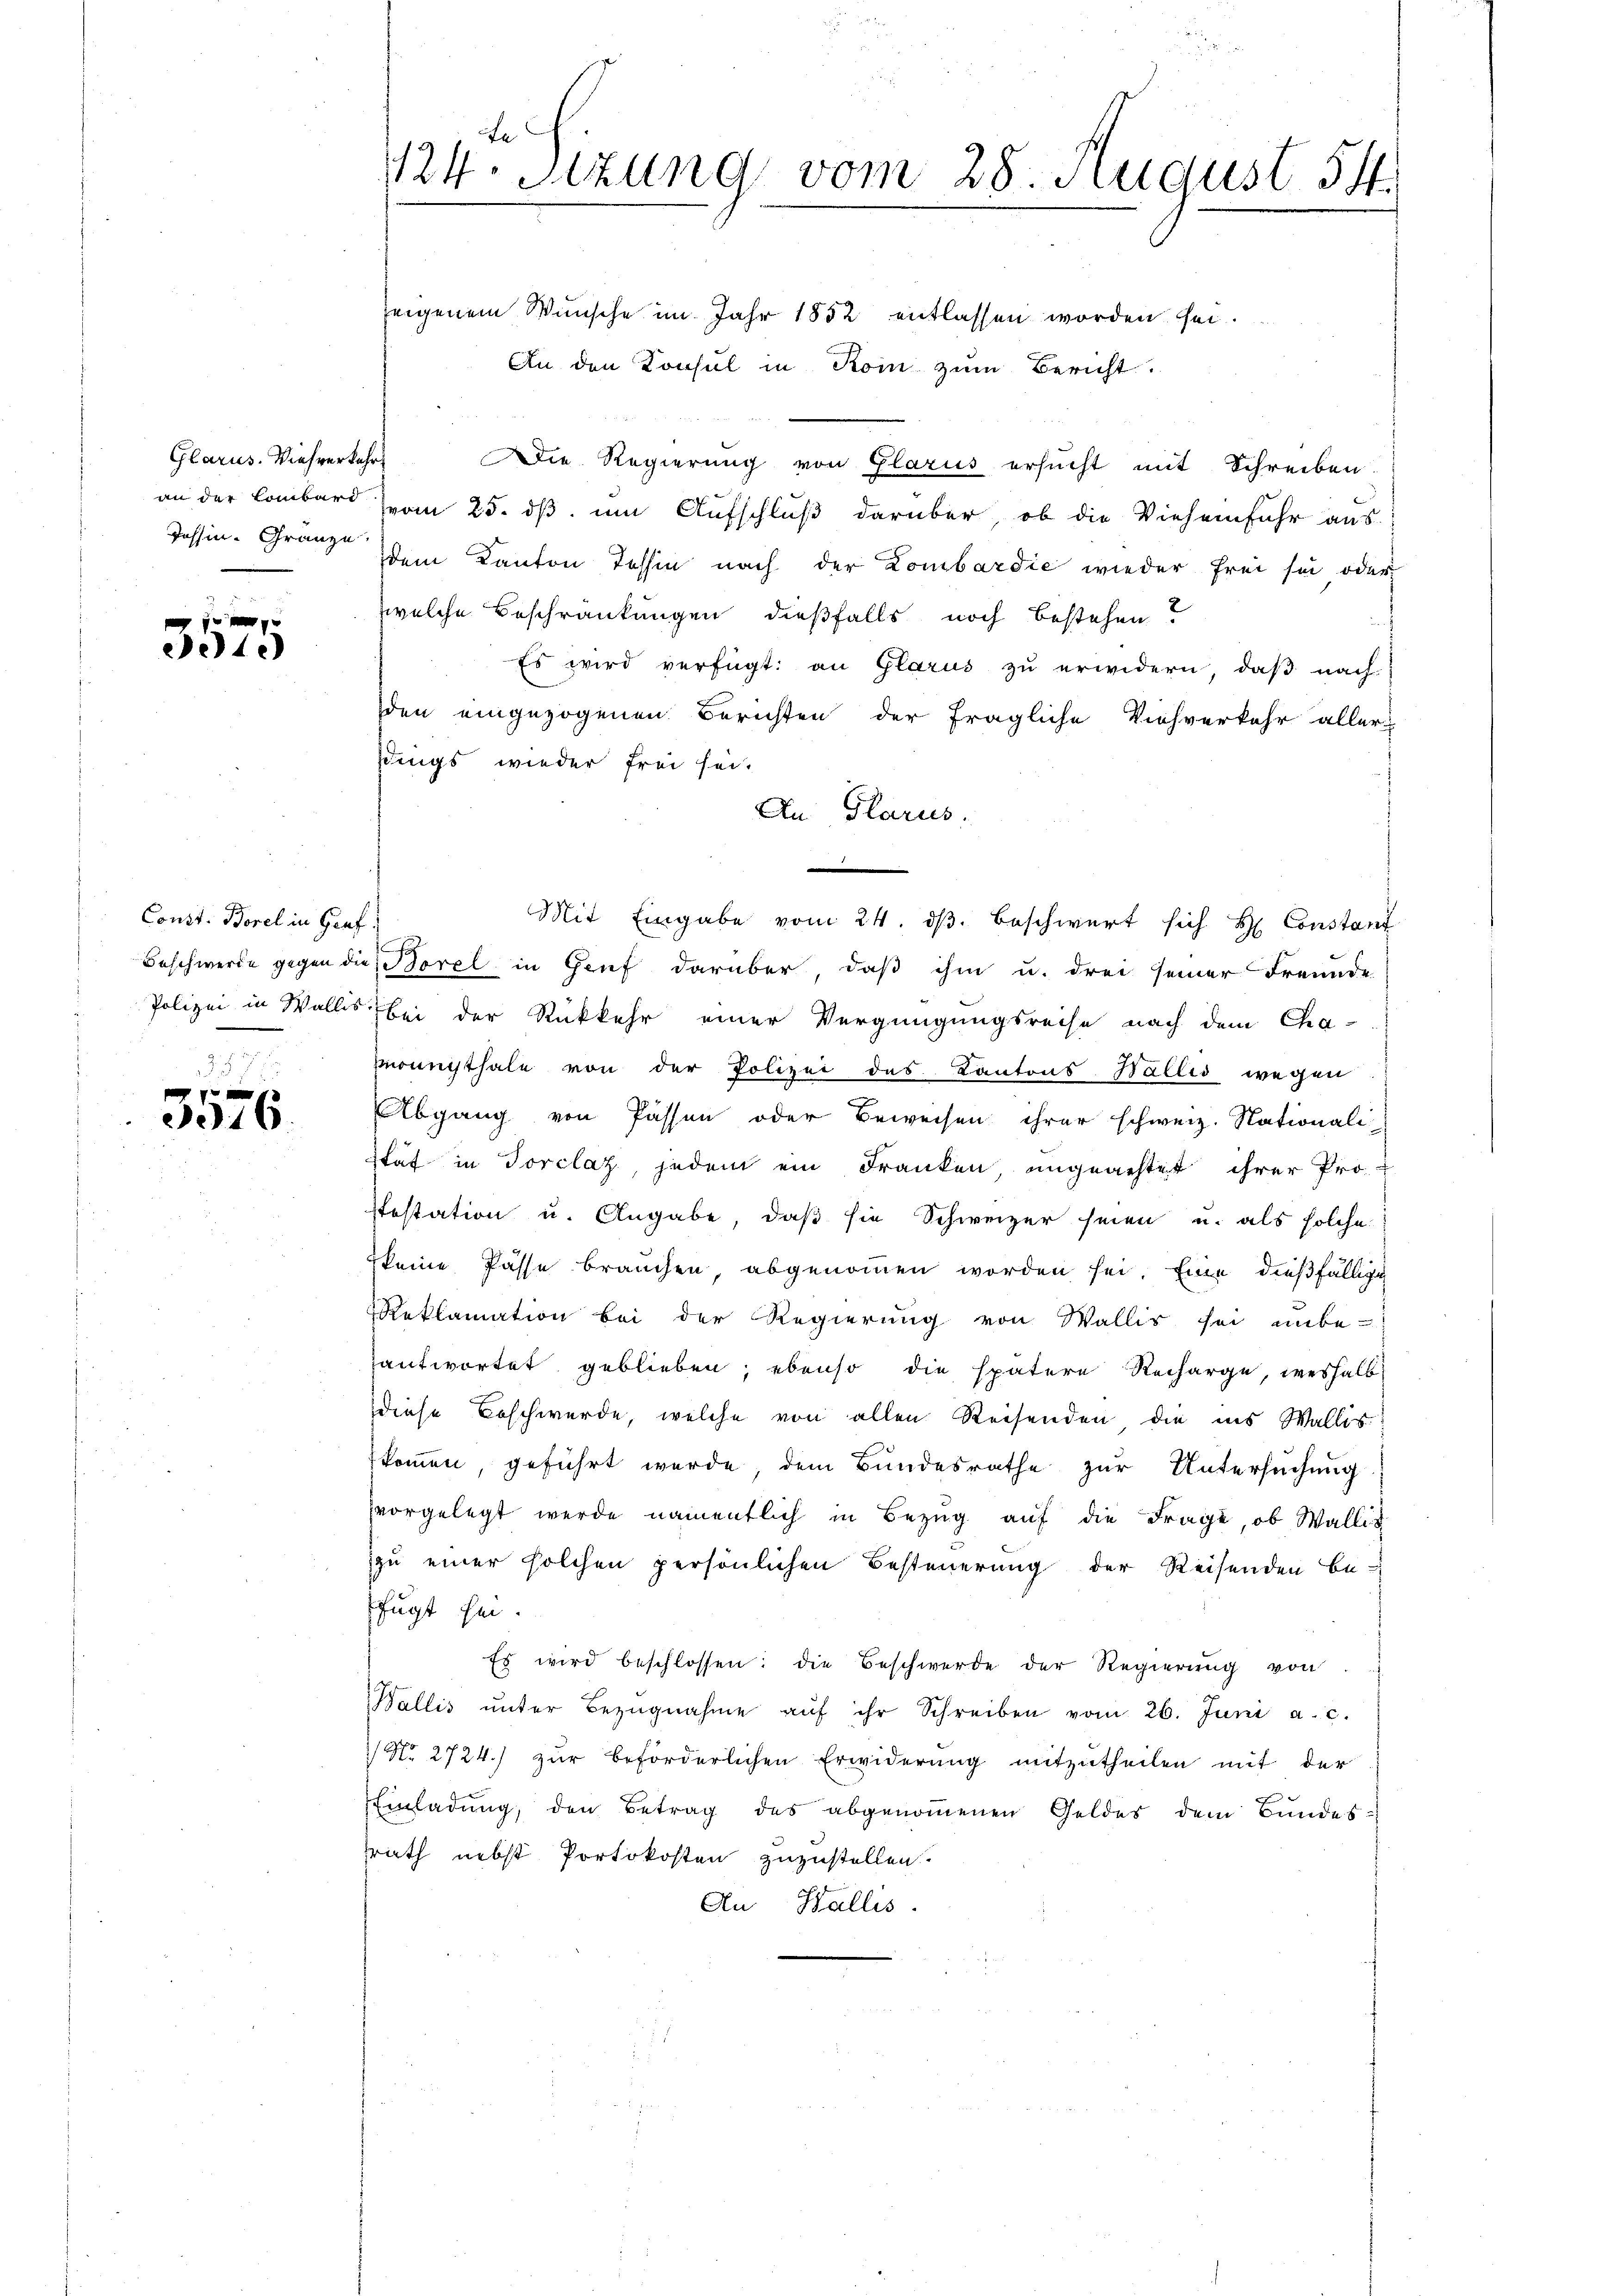
Glarus. Viehverkehr
Tessin-Granze

1.)

Const. Borel in Graf.

16.

te
124. Sitzung vom 28. August 54.
zeigenem Wünsche im Jahr 1852 entlassen worden sei.

An den Konsul in Koin zum Bericht.
Die Regierung von Glarus ersucht mit Schreiben
an der Lombard vom 25. dß um Aufschluß darüber, ob die Vieheinfuhr aus
dem Kanton Tessin nach der Lombardie wieder frei sei oder
welche Beschränkungen dießfalls noch bestehen?
Es wird verfügt: an Glarus zu erwidern, daß nach
den eingezogenen Berichten der fragliche Viehverkehr aller
sdings wieder frei sei.
An Glarus,
Mit Eingabe vom 24. dβ beschwert sich  Constant
Beschwerde gegen die Sorel in Genf darüber, daß ihm u. drei seiner Freunde
Polizei in Wallis bei der Rückkehr einer Vergnügungsreise nach dem Cha-
onugthale von der Polizei des Kantons Wallis wegen
Abgang von Passen oder Beweisen ihrer schweiz. Nationali
stät in Forclaz, jedem ein Franken ungeachtet ihrer Pro-
stestation u. Angabe, daß sie Schweizer seien u. als solche
keine Pässe brauchen, abgenommen worden sei. Eine dießfällige
Reklamation bei der Regierung von Wallis sei unbe-
antwortet geblieben; ebenso die spätere Recharge, weshalb
diese Beschwerde, welche von allen Reisenden, die ins Wallis
kommen, geführt werde, dem Bundesrathe zur Untersŭchŭng
vorgelegt werde namentlich in Bezug auf die Frage, ob Wallis
zu einer solchen persönlichen Besteuerung der Reisenden be-
fugt sei.
Es wird beschlossen: die Beschwerde der Regierŭng von
Wallis ŭnter Bezŭgnahme aŭf ihr Schreiben vom 26. Juni a. c.
 Nr. 2724.) zŭr beförderlichen Erwiderŭng mitzŭtheilen mit der
Einladung, den Betrag des abgenommenen Geldes dem Bundesrath nebst Portokosten zuzustellen.
An Wallis.